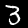
Label: 3